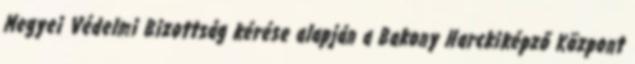
Megyei Védelmi Bizottság kérése alapján a Bakony Harckiképző Központ